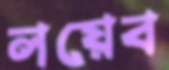
লয়েব